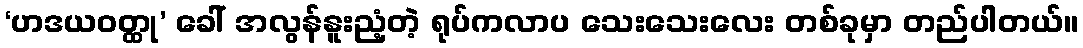
‘ဟဒယဝတ္ထု’ ခေါ် အလွန်နူးညံ့တဲ့ ရုပ်ကလာပ သေးသေးလေး တစ်ခုမှာ တည်ပါတယ်။